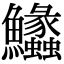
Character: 𩽵